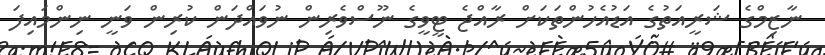
ނާޒިމްގެ ޝަރީއަތުގެ އަޑުއެހުންތަކަށް ރާއްޖެ ޓީވީގެ ނޫސްވެރިން ނުވައްދަން ކުރިން ވަނީ ނިންމައިފަ